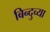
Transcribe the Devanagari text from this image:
बिन्दुच्या